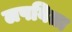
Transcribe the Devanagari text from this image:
लपविता